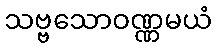
သဗ္ဗသောဝဏ္ဏမယံ